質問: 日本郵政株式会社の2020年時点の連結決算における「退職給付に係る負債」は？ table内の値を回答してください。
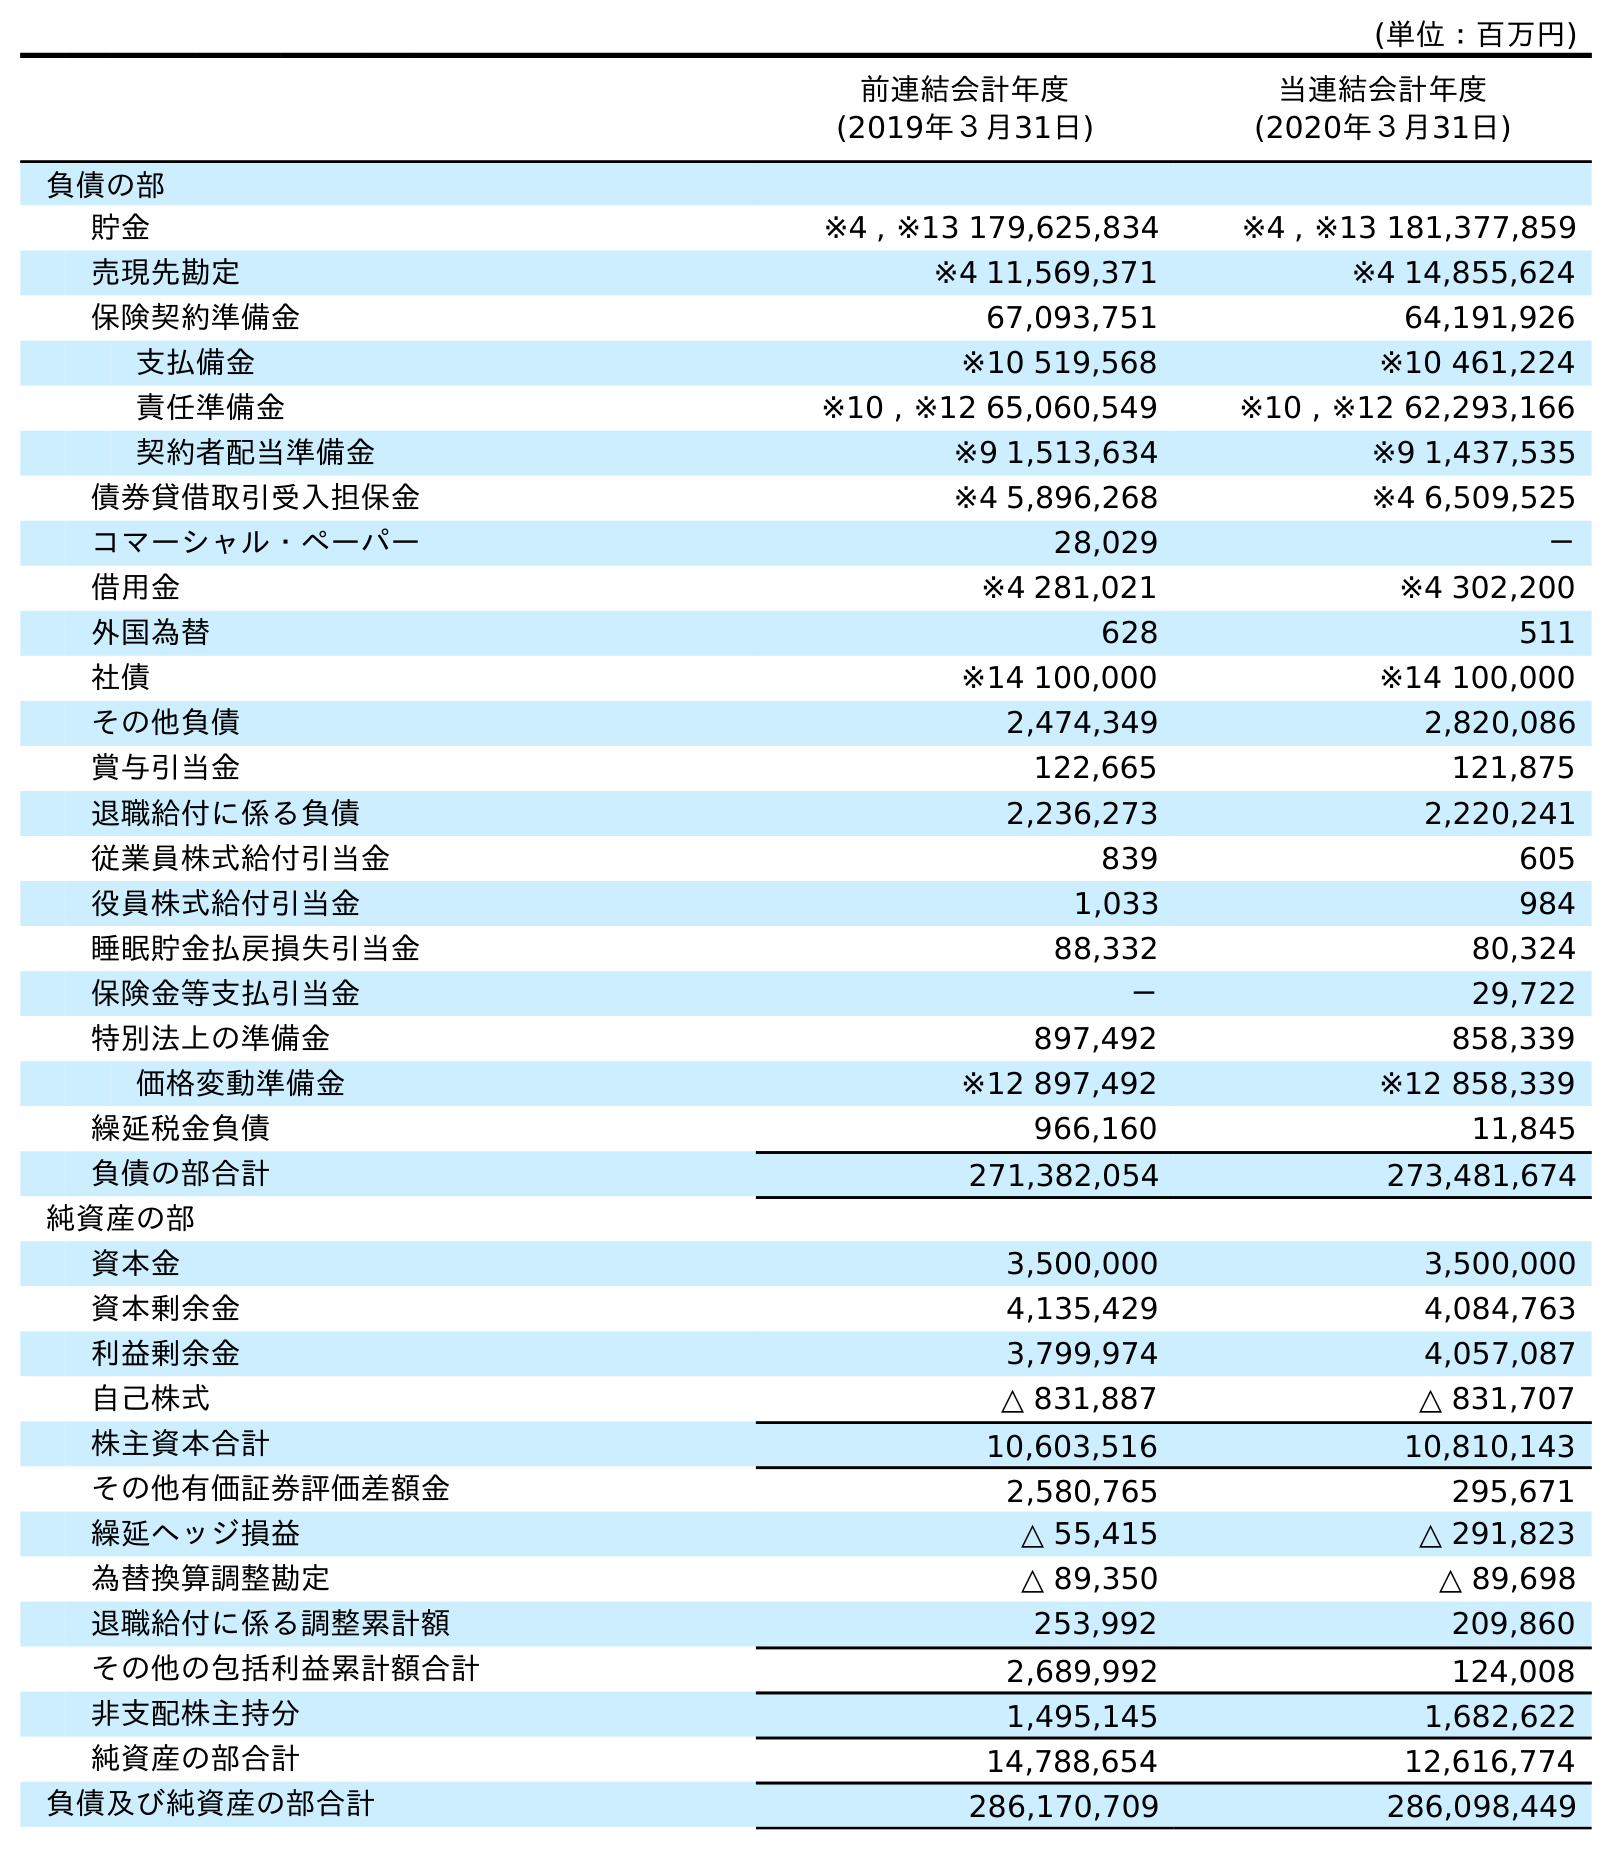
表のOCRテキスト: (単位：百万円) 前連結会計年度 (2019年３月31日) 当連結会計年度 (2020年３月31日) 負債の部 貯金 ※4 , ※13 179,625,834 ※4 , ※13 181,377,859 売現先勘定 ※4 11,569,371 ※4 14,855,624 保険契約準備金 67,093,751 64,191,926 支払備金 ※10 519,568 ※10 461,224 責任準備金 ※10 , ※12 65,060,549 ※10 , ※12 62,293,166 契約者配当準備金 ※9 1,513,634 ※9 1,437,535 債券貸借取引受入担保金 ※4 5,896,268 ※4 6,509,525 コマーシャル・ペーパー 28,029 － 借用金 ※4 281,021 ※4 302,200 外国為替 628 511 社債 ※14 100,000 ※14 100,000 その他負債 2,474,349 2,820,086 賞与引当金 122,665 121,875 退職給付に係る負債 2,236,273 2,220,241 従業員株式給付引当金 839 605 役員株式給付引当金 1,033 984 睡眠貯金払戻損失引当金 88,332 80,324 保険金等支払引当金 － 29,722 特別法上の準備金 897,492 858,339 価格変動準備金 ※12 897,492 ※12 858,339 繰延税金負債 966,160 11,845 負債の部合計 271,382,054 273,481,674 純資産の部 資本金 3,500,000 3,500,000 資本剰余金 4,135,429 4,084,763 利益剰余金 3,799,974 4,057,087 自己株式 △ 831,887 △ 831,707 株主資本合計 10,603,516 10,810,143 その他有価証券評価差額金 2,580,765 295,671 繰延ヘッジ損益 △ 55,415 △ 291,823 為替換算調整勘定 △ 89,350 △ 89,698 退職給付に係る調整累計額 253,992 209,860 その他の包括利益累計額合計 2,689,992 124,008 非支配株主持分 1,495,145 1,682,622 純資産の部合計 14,788,654 12,616,774 負債及び純資産の部合計 286,170,709 286,098,449
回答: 2,220,241